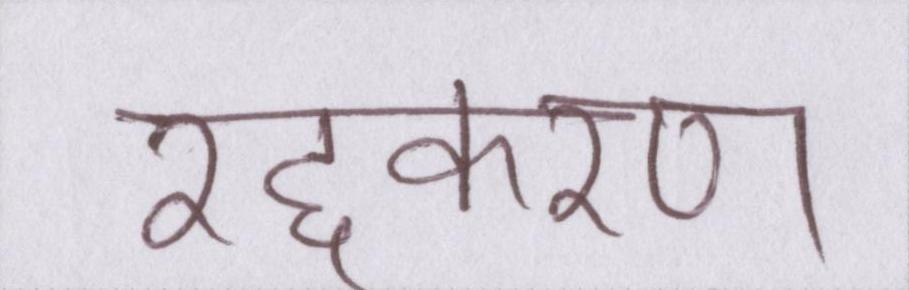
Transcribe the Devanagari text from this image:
रद्दकरण